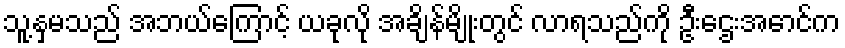
သူ့နှမသည် အဘယ်ကြောင့် ယခုလို အချိန်မျိုးတွင် လာရသည်ကို ဦးဌေးအောင်က